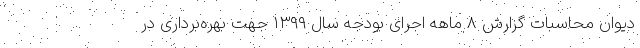
دیوان محاسبات گزارش ۸ ماهه‌ اجرای بودجه سال ۱۳۹۹ جهت بهره‌برداری در